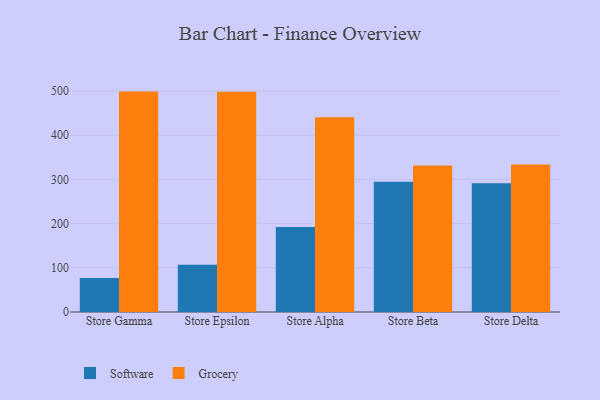
{"axis": {"x": "Store", "y": "Backlog"}, "legend": ["Grocery", "Software"], "data": [{"x": "Store Gamma", "y": 76.9, "type": "Software"}, {"x": "Store Gamma", "y": 498.7, "type": "Grocery"}, {"x": "Store Epsilon", "y": 106.8, "type": "Software"}, {"x": "Store Epsilon", "y": 498.2, "type": "Grocery"}, {"x": "Store Alpha", "y": 192.2, "type": "Software"}, {"x": "Store Alpha", "y": 440.8, "type": "Grocery"}, {"x": "Store Beta", "y": 294.9, "type": "Software"}, {"x": "Store Beta", "y": 331.3, "type": "Grocery"}, {"x": "Store Delta", "y": 291.5, "type": "Software"}, {"x": "Store Delta", "y": 333.9, "type": "Grocery"}]}